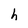
Character: h